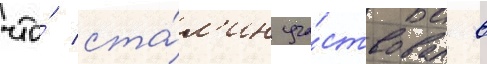
что́ ста́л'ин уча́ствовал в